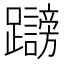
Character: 𲄓